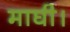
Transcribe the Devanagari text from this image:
माघी।